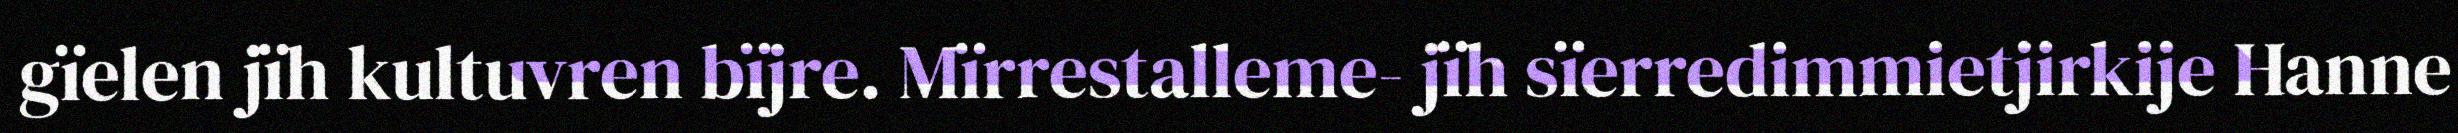
gïelen jïh kultuvren bïjre. Mïrrestalleme- jïh sïerredimmietjirkije Hanne